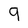
Character: 9